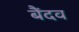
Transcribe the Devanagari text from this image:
बैंदव